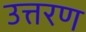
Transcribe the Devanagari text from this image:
उत्तरण